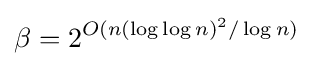
\beta =2^{O(n(\log \log n)^{2}/\log n)}